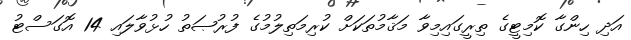
އަދި ހިންގާ ކޮމިޓީގެ ތިރީގައިމިވާ މަޤާމުތަކަށް ކުރިމަތިލުމުގެ ފުރުޞަތު ހުޅުވާލައި 14 އޮގަސްޓު